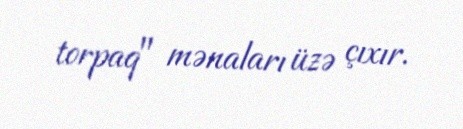
torpaq" mənaları üzə çıxır.